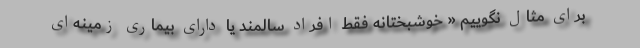
برای مثال نگوییم « خوشبختانه فقط افراد سالمند یا دارای بیماری زمینه‌ای